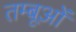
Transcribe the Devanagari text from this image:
तम्बूओं